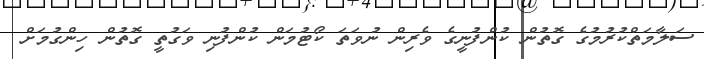
ސަލާމަތްކުރުމުގެ ގޮތުން ކުންފުނީގެ ވެރިން ނުވަތަ ކޯޓުމަން ކުންފުނި ވަގުތީ ގޮތުން ހިންގުމަށް